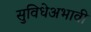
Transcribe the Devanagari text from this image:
सुविधेअभावी